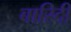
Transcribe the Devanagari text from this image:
बारिदी